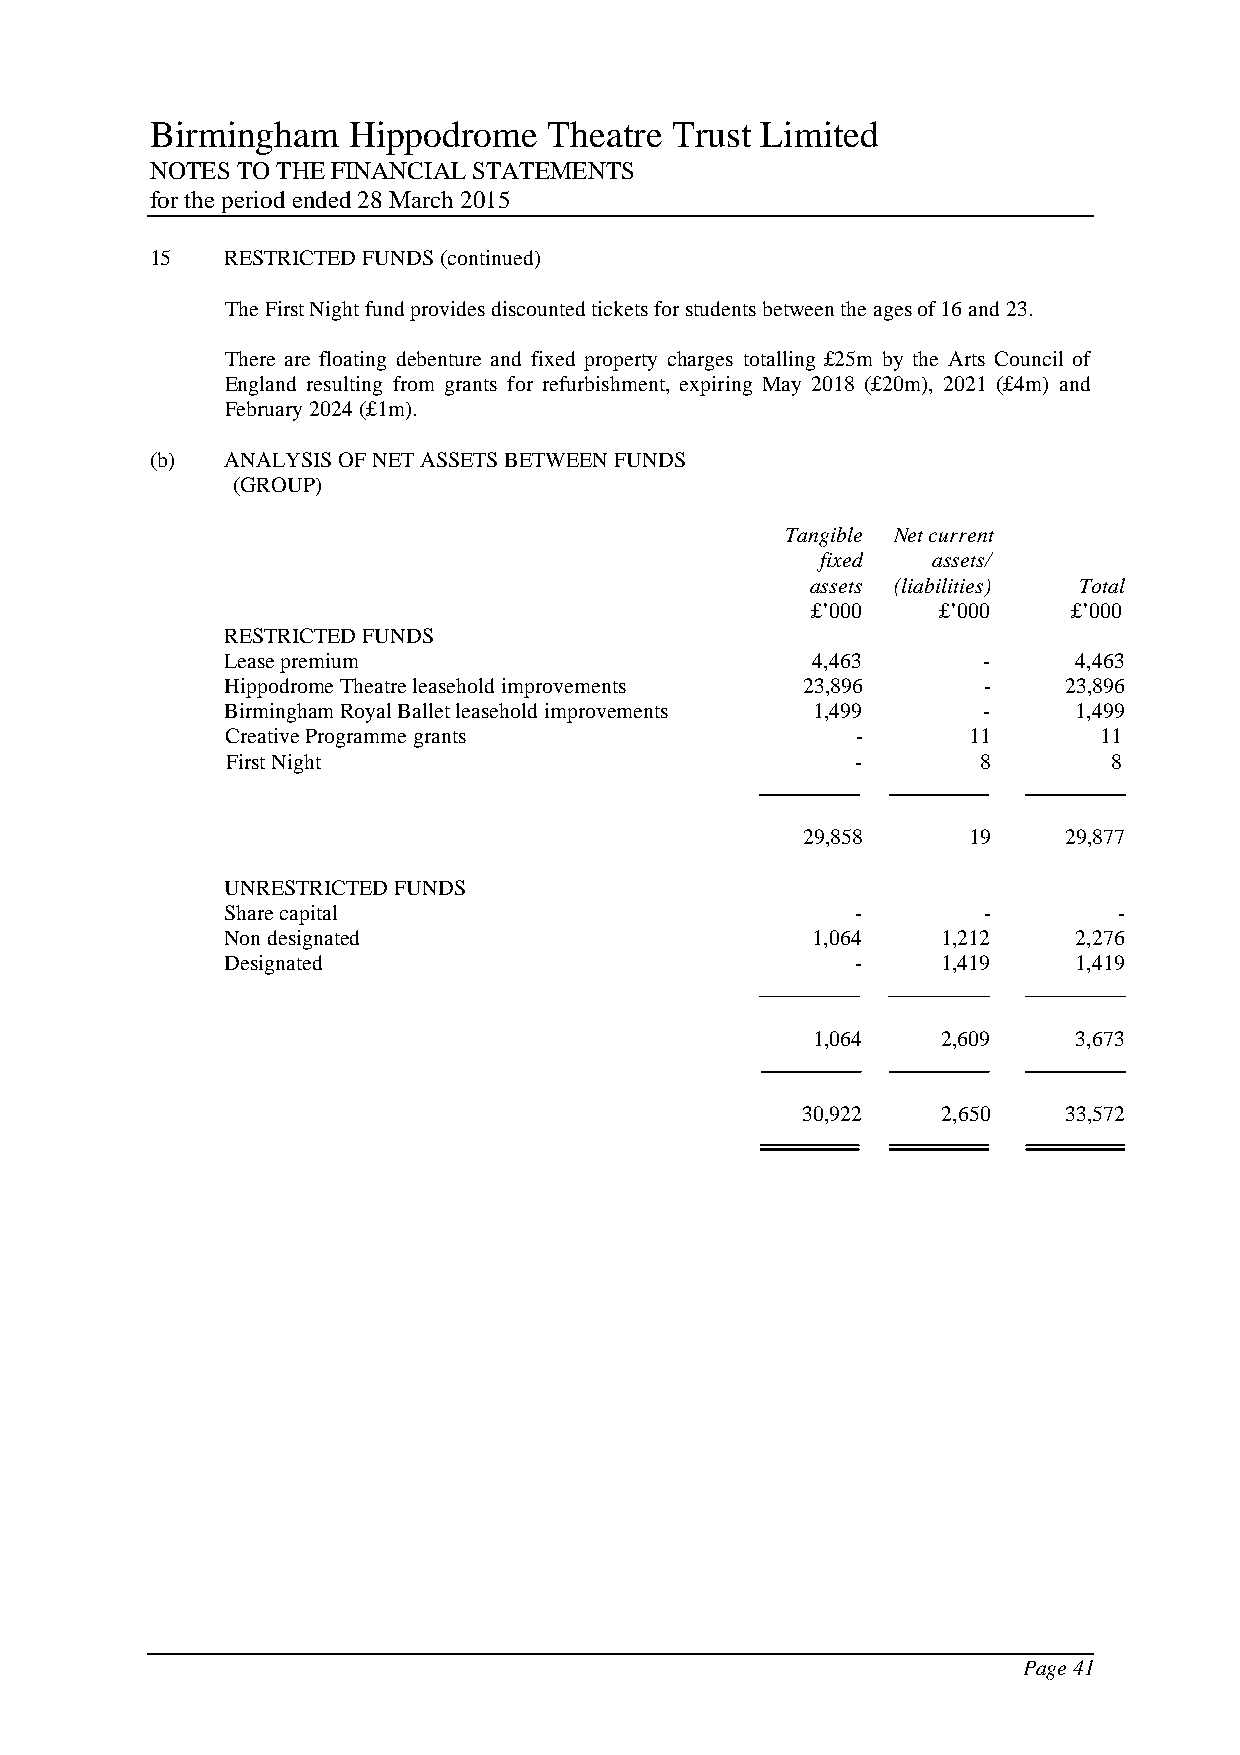
Birmingham   Hippodrome   Theatre Trust Limited
 NOTES TO THE FINANCIAL STATEMENTS
 for the period ended 28 March 2015
 15   RESTRICTED FUNDS (continued)
 The First Night fund provides discounted tickets for students between the ages of 16 and 23.
 There are floating debenture and fixed property charges totalling £25m by the Arts Council of
 England resulting from grants for refurbishment, expiring May 2018 (£20m), 2021 (£4m) and
 February 2024 (£1m).
 (b)  ANALYSIS OF NET ASSETS BETWEEN FUNDS
 (GROUP)
 Tangible Net current
 fixed   assets/
 assets (liabilities) Total
 £’000   £’000    £’000
 RESTRICTED FUNDS
 Lease premium                          4,463      -     4,463
 Hippodrome Theatre leasehold improvements 23,896  -     23,896
 Birmingham Royal Ballet leasehold improvements 1,499 -  1,499
 Creative Programme grants                 -      11       11
 First Night                               -       8        8
 29,858     19     29,877
 UNRESTRICTED FUNDS
 Share capital                             -       -        -
 Non designated                         1,064   1,212    2,276
 Designated                                -    1,419    1,419
 1,064   2,609    3,673
 30,922   2,650    33,572
 Page 41